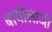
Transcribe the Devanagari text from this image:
बायोलाजी